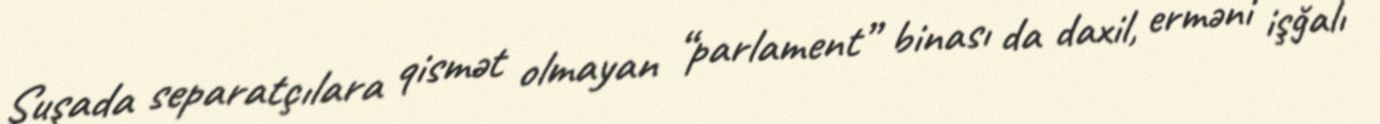
Şuşada separatçılara qismət olmayan “parlament” binası da daxil, erməni işğalı